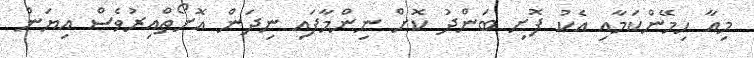
މިއާ ހިމޭންކަމާއި އެކު ފޮށި ބަންދު ކޮށް ނިންމާފައި ނިދަން އޮށޯތްއިރުވެސް އިޔަން